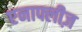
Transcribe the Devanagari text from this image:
एनाफ्लीज़